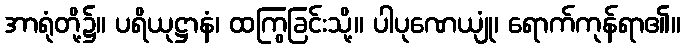
အာရုံတို့၌။ ပရိယုဋ္ဌာနံ၊ ထကြွခြင်းသို့။ ပါပုဏေယျုံ၊ ရောက်ကုန်ရာ၏။